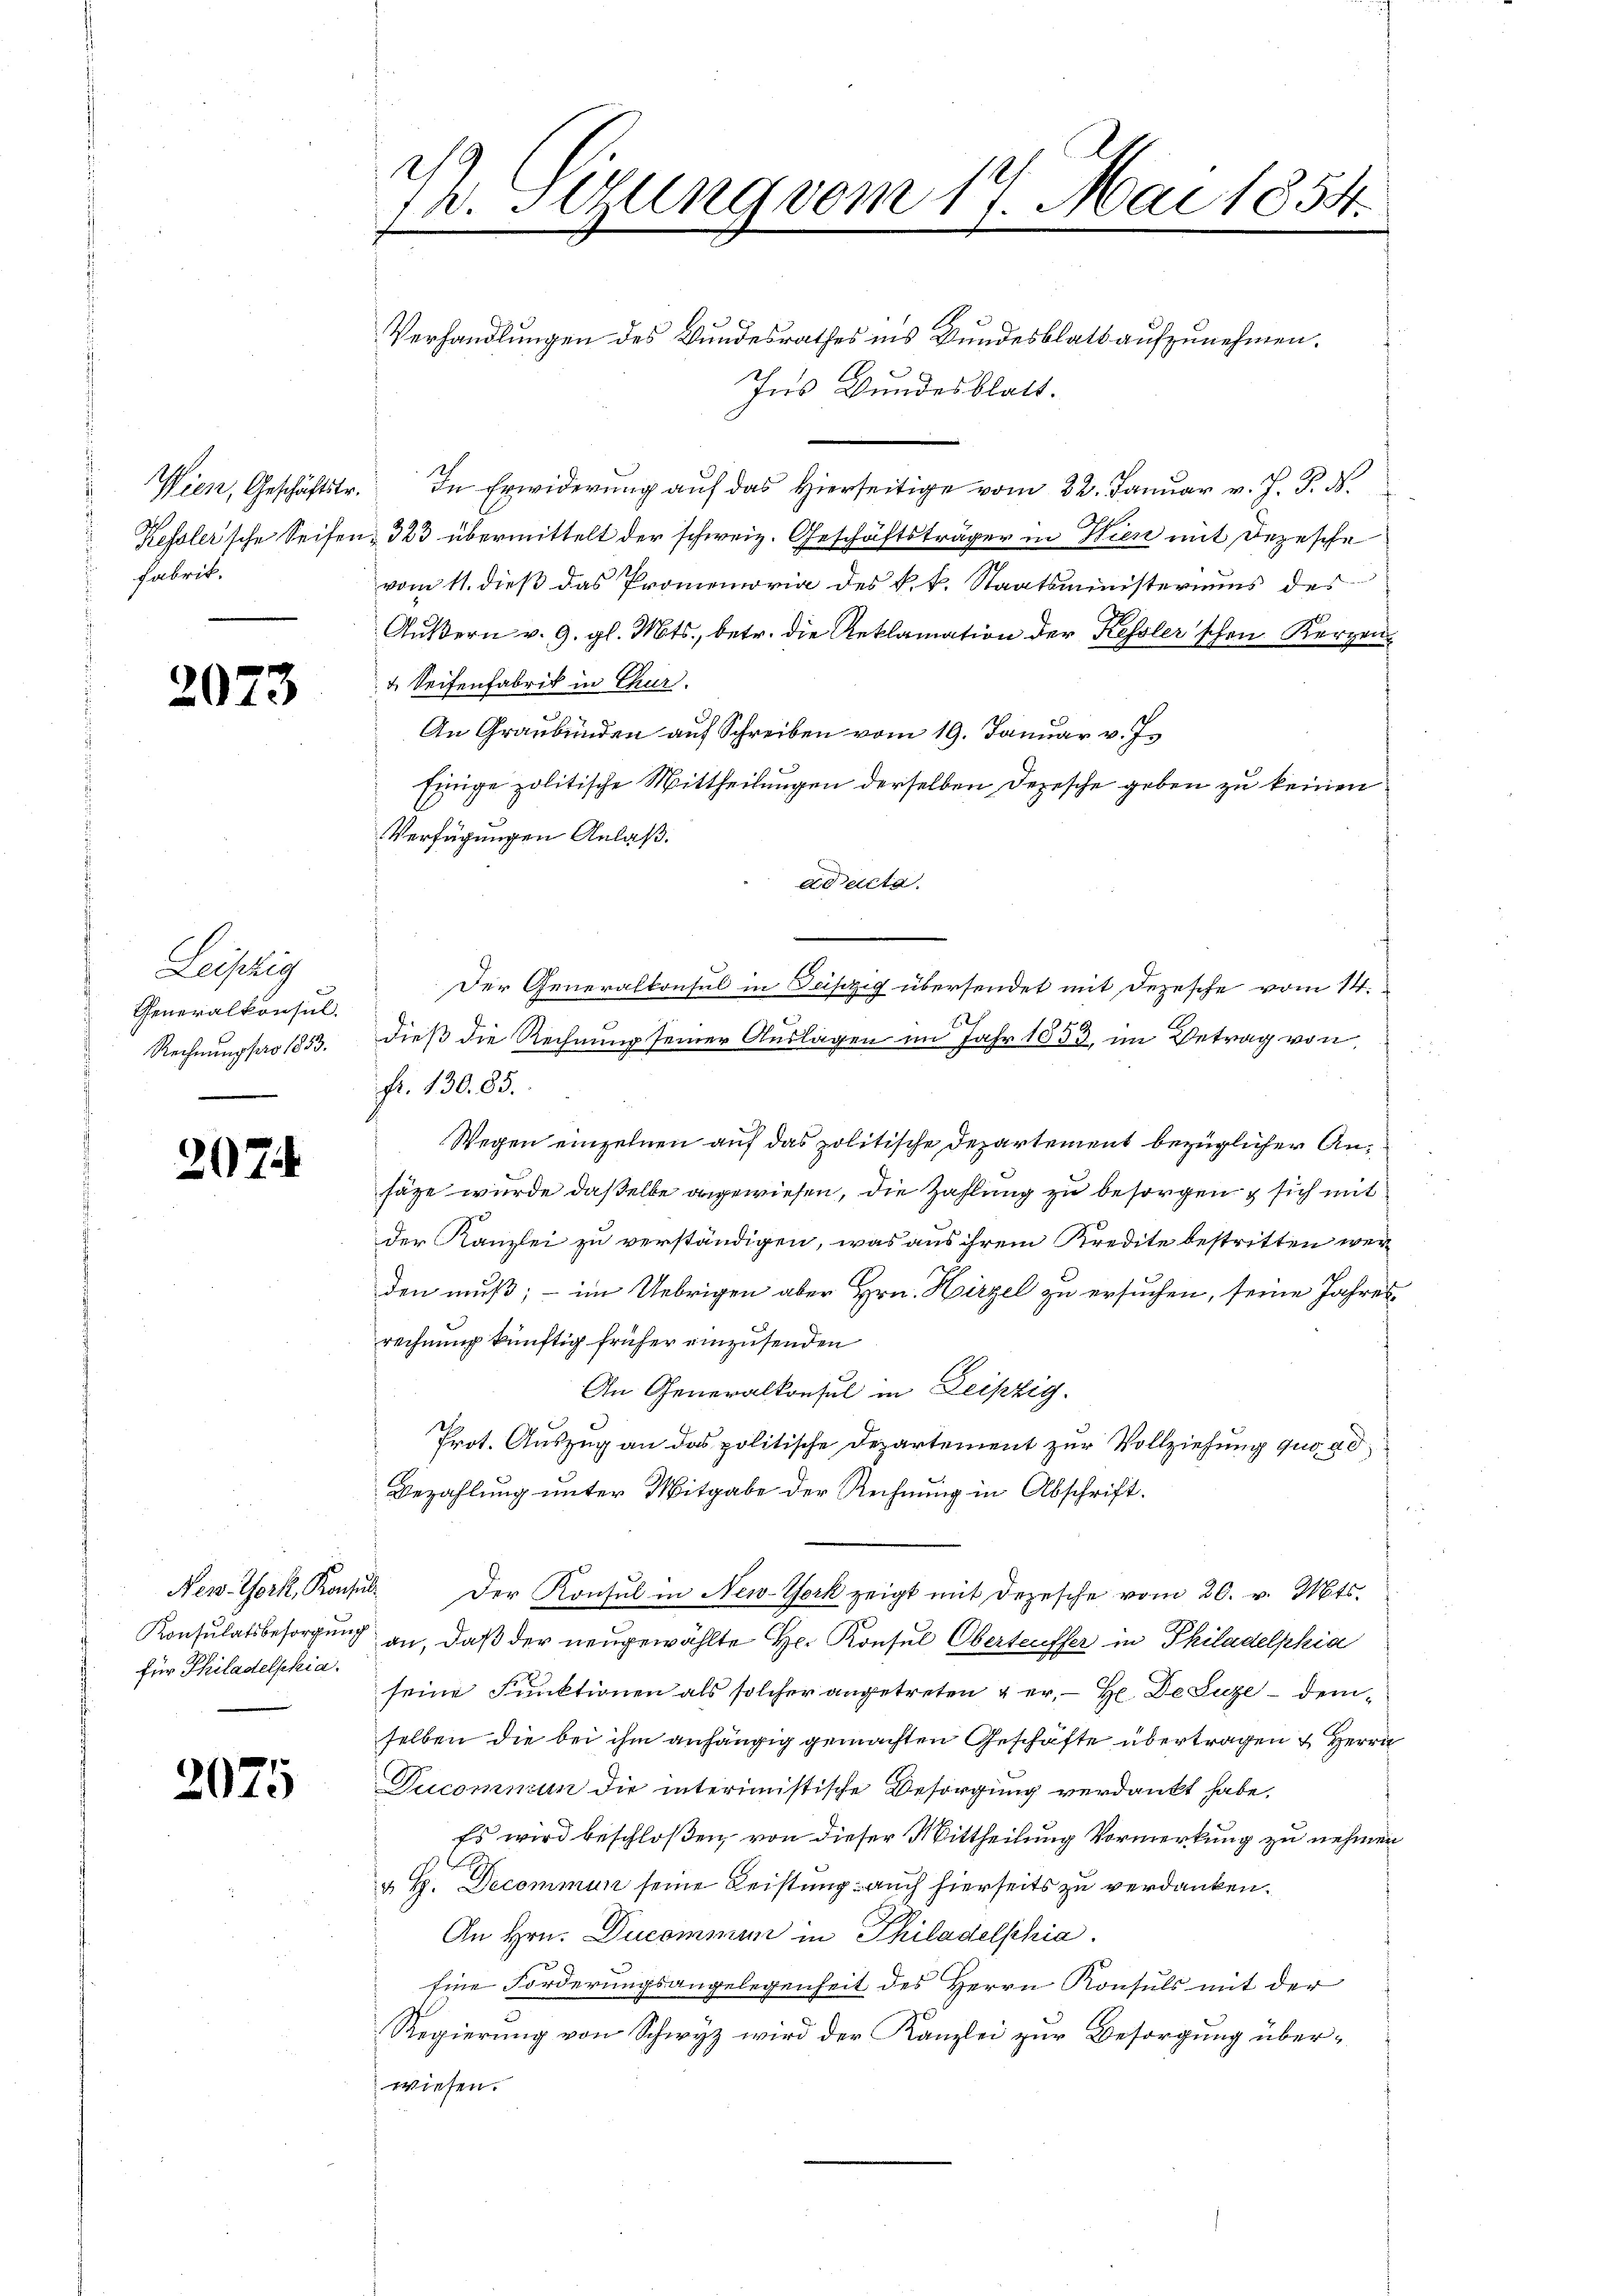
Fabrit.

2073

Leistig
Generalkonsul
Rechnungsar 1853.

207

Verhandlungen des Bundesrathes ins Bundesblatt aufzunehmen.
Ins Bundesblatt.
Wien, Geschäftstr. In Erwiderŭng aŭf das hierseitige vom 22. Januar v. J. J. N.
Kessler’sche Seifen 323 übermittelt der schweiz. Geschäftsträger in Wien mit Depesche
vom 11. dieß das Promemoria des k.k. Staatsministeriums des
Außern v. 9. gl. Mts., betr. die Reklamation der Kessler'schen Kerzen
4. Seitenfabrik in Chur.
An Graubünden auf Schreiben vom 19. Januar v. J.
Einige politische Mittheilungen derselben Depesche geben zu keinen
Verfügungen Anlaß.
ad acta.
Der Generalkonsul in Teiszig übersendet mit Depesche vom 14.
82
dieß die Rechnung seiner Auslagen im Jahr 1853, im Betrag von
Fr. 130. 85.
Wegen einzelnen auf das politische Departement bezüglicher Anfäge wurde daßelbe angewiesen, die Zahlung zu besorgen & sich mit
der Kanzlei zu verständigen, was aus ihrem Kredite bestritten werden muß; - im Uebrigen aber Hrn. Hirzel zu ersuchen, seine Jahresrechnung künftig früher einzusenden
An Generalkonsul in Leipzig.
Prot. Auszug an das politische Departement zur Vollziehung quo ad
Bezahlung unter Mitgabe der Rechnung in Abschrift.
New-York, Konsul der Konsul in New-York zeigt mit Depesche vom 20. v. Mts.
Konsulatsbesorgung an, daß der neŭgewählte Hr. Konsul Oberteuffer in Philadelphia
seine Funktionen als solcher angetreten, & er, H. De Luze demselben die bei ihm anhängig gemachten Geschäfte übertragen & Herrn
Ducommun die interimistische Besorgung verdankt habe.
Es wird beschloßen, von dieser Mittheilung Vormerkung zu nehmen
§ H. Decommun seine Leistung auch hierseits zu verdanken.
An Hrn. Ducommen in Philadelphia
Eine Forderungsangelegenheit des Herrn Konsuls mit der
Regierung von Schwyz wird der Kanzlei zur Besorgung überwiesen.

für Philadelphia

2075

1
Th. Segung vom 17. Mai 1854.